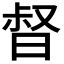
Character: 𣈉